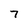
Character: 7